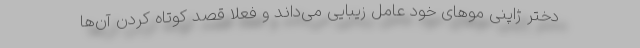
دختر ژاپنی مو‌های خود عامل زیبایی می‌داند و فعلا قصد کوتاه کردن آن‌ها